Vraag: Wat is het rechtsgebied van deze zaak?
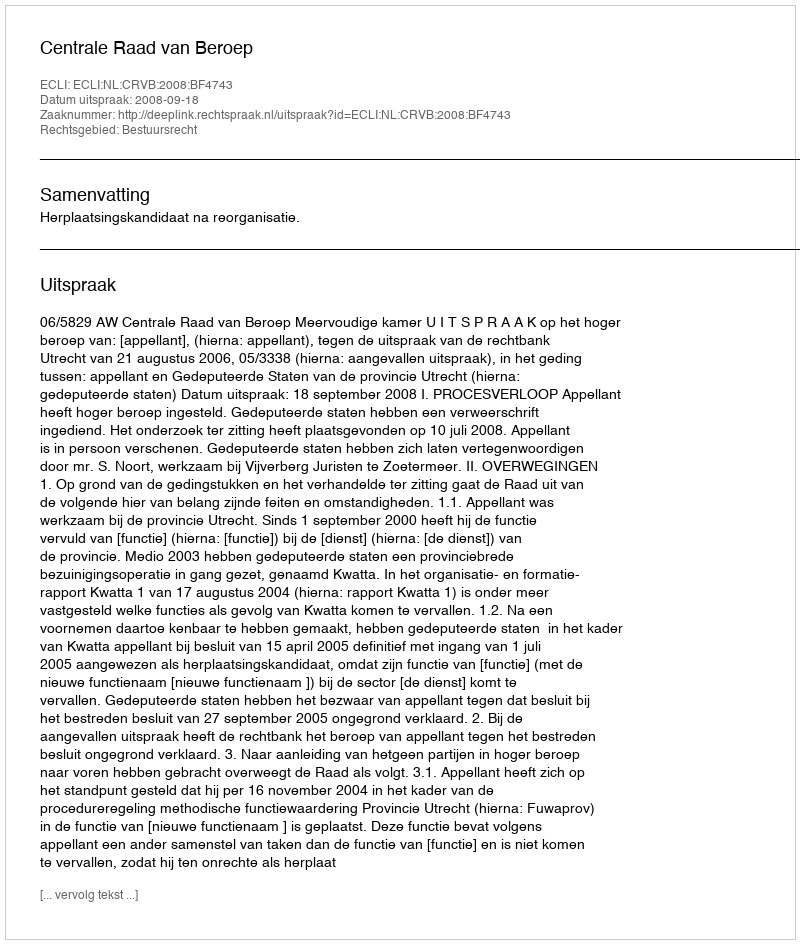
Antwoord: Bestuursrecht